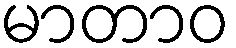
မာတာဝ